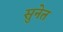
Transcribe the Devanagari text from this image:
सुनेत